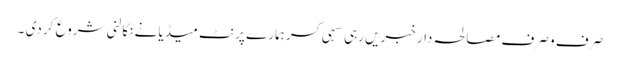
صرف و صرف مصالحہ دار خبریں رہی سہی کسر ہمارے پرنٹ میڈیا نے نکالنی شروع کر دی ۔